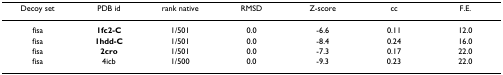
<table><thead><tr><td><b>Decoy set</b></td><td><b>PDB id</b></td><td><b>rank native</b></td><td><b>RMSD</b></td><td><b>Z-score</b></td><td><b>cc</b></td><td><b>F.E.</b></td></tr></thead><tbody><tr><td>fisa</td><td><b>1fc2-C</b></td><td>1/501</td><td>0.0</td><td>-6.6</td><td>0.11</td><td>12.0</td></tr><tr><td>fisa</td><td><b>1hdd-C</b></td><td>1/501</td><td>0.0</td><td>-8.4</td><td>0.24</td><td>16.0</td></tr><tr><td>fisa</td><td><b>2cro</b></td><td>1/501</td><td>0.0</td><td>-7.3</td><td>0.17</td><td>22.0</td></tr><tr><td>fisa</td><td>4icb</td><td>1/500</td><td>0.0</td><td>-9.3</td><td>0.23</td><td>22.0</td></tr></tbody></table>